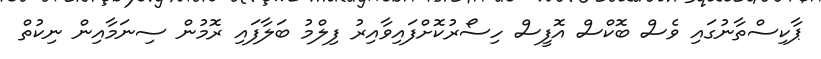
ޕާކިސްތާނުގައި ވެސް ބޮކްސް އޮފީސް ހިސޯރުކޮށްފައިވާއިރު ފިލްމު ބަލާފައި ރޮމުން ސިނަމާއިން ނިކުތް